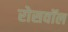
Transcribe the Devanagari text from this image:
रोसवॉल